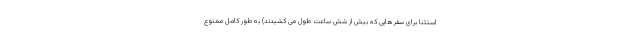
استثنا برای سفرهایی که بیش از شش ساعت طول می کشیدند) به طور کامل ممنوع